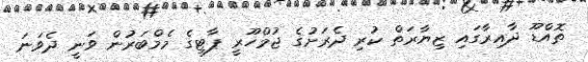
ތޮއްޑޫ ދާއިރާގައި ޒިޔާރަތް ކުރި ދެރަށުގެ ޖުމްހޫރީ ޕާޓީގެ މެމްބަރުން ވަނީ ދެވަނަ